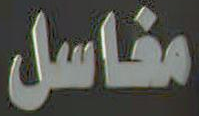
مغاسل